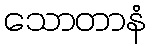
သောတာနံ